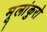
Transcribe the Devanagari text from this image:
मूलांकुरो